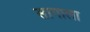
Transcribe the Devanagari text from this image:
सागाला